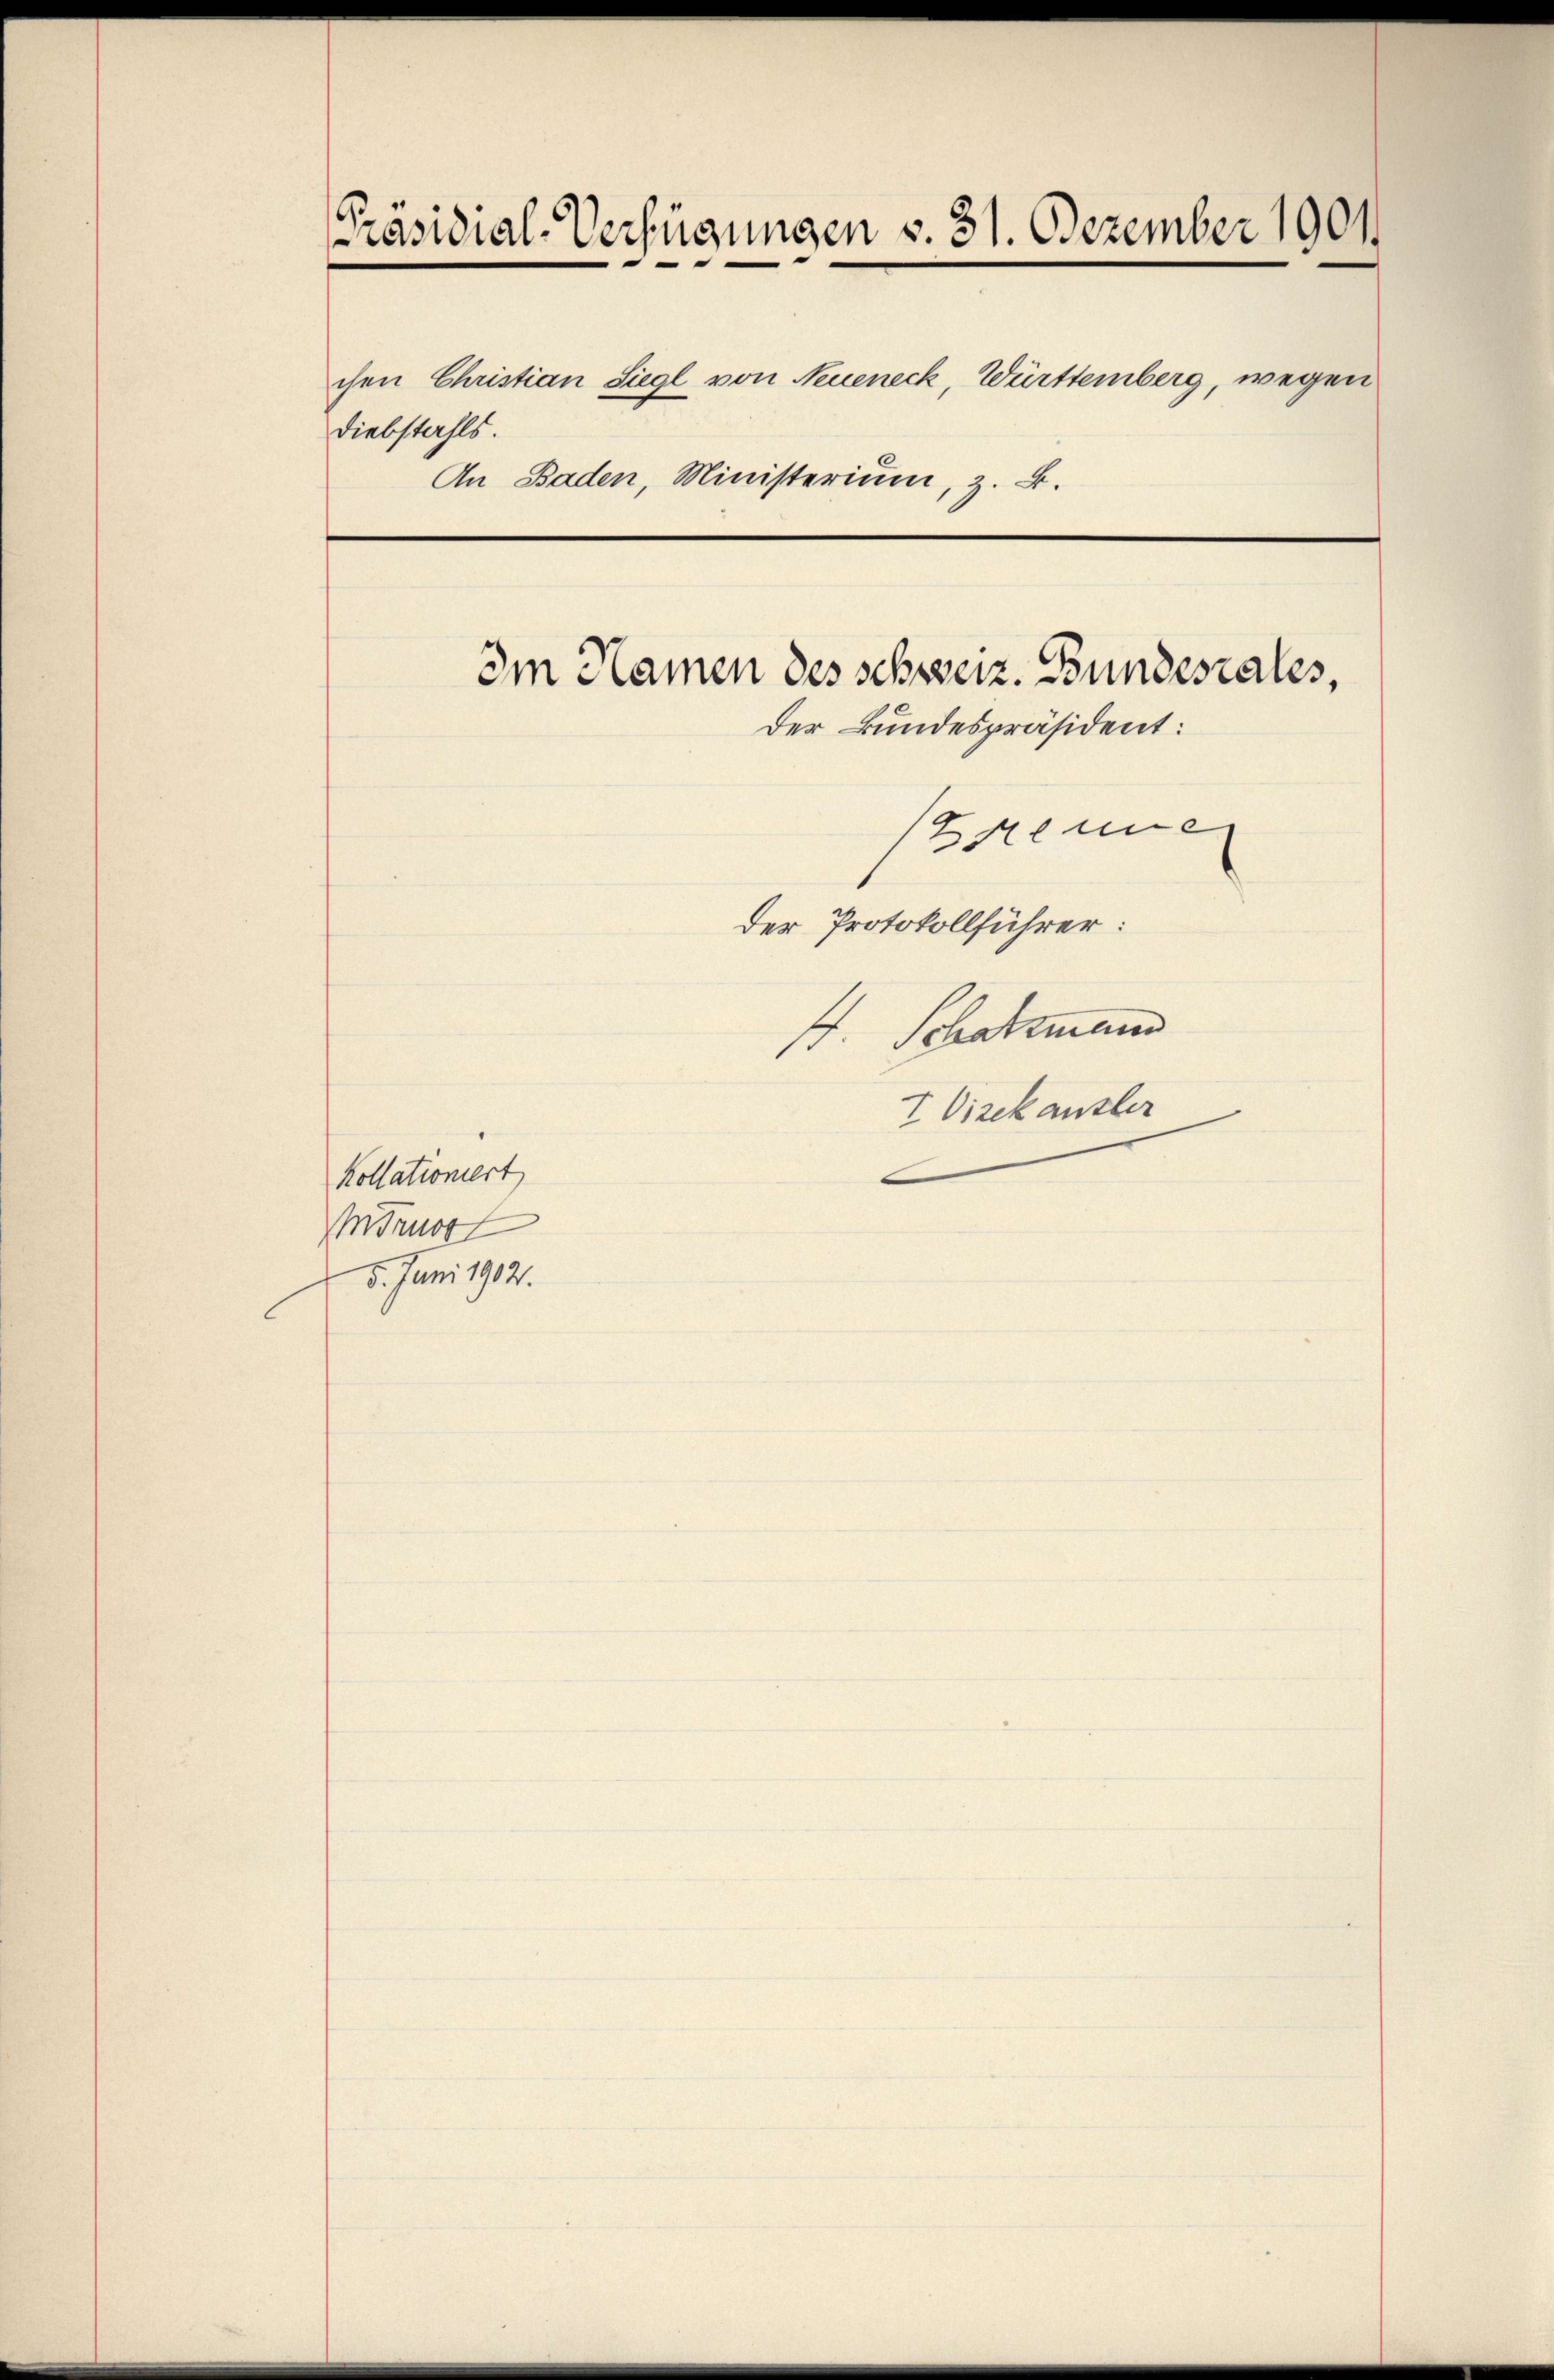
Präsidial-Verfügungen v. 31. Dezember 1901

Diebstahls.

Kollationiert
Mruot
5. Juni 1902.

Im Namen des schweiz. Bundesrates,

chen Christian Siegl von Neueneck, Württemberg, wegen
An Baden, Ministerium, z. B.

Der Bundespräsident:
(Brenner
der Protokollführer:
st. Schatzmann
I Vizek ausler